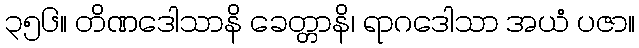
၃၅၆။ တိဏဒေါသာနိ ခေတ္တာနိ၊ ရာဂဒေါသာ အယံ ပဇာ။